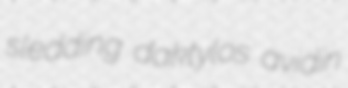
sledding daktylos avidin